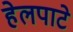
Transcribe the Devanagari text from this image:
हेलपाटे